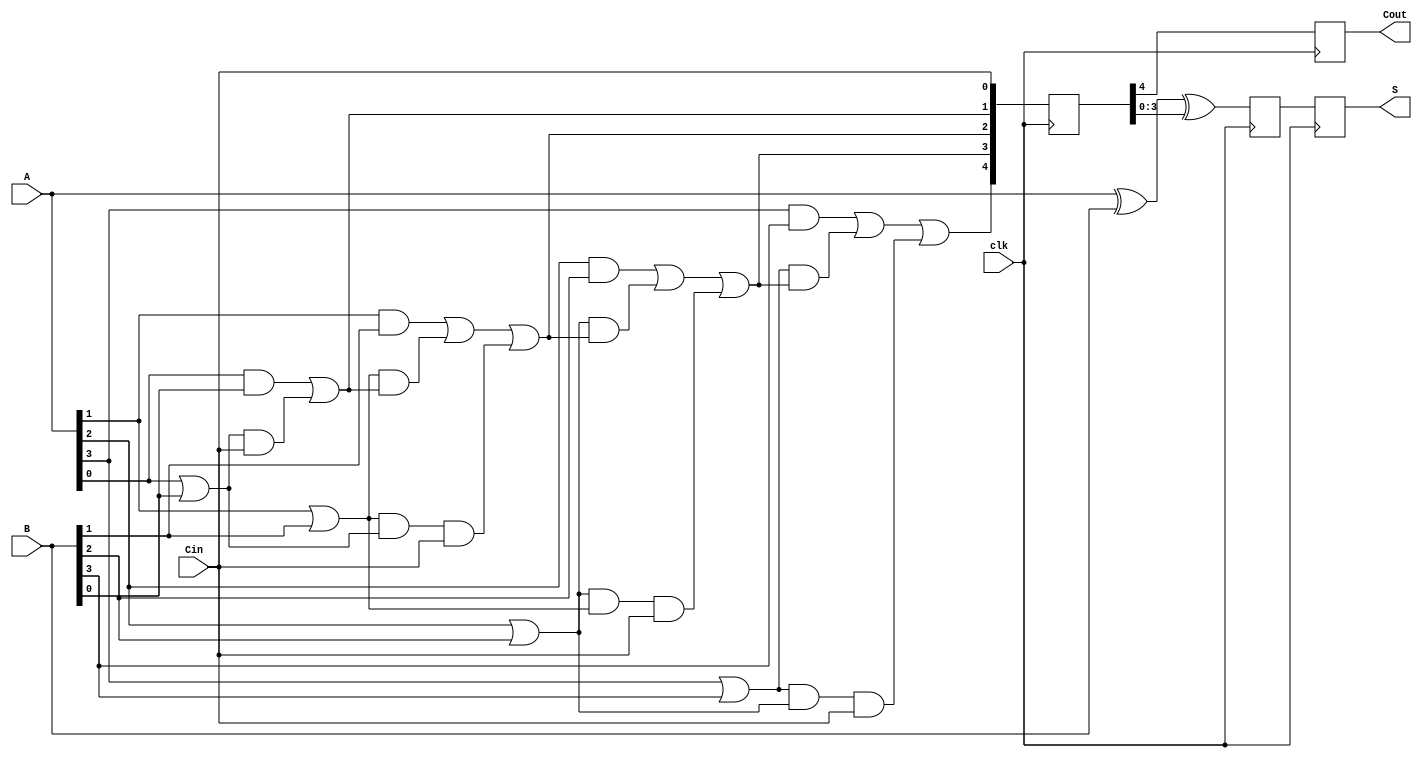
module PipelinedCarryLookaheadAdder #(
    parameter n = 4 // Number of bits for the adder
)(
    input  wire [n-1:0] A,        // First n-bit input
    input  wire [n-1:0] B,        // Second n-bit input
    input  wire Cin,               // Carry-in
    input  wire clk,               // Clock signal
    output reg  [n-1:0] S,         // n-bit Sum output
    output reg  Cout               // Carry-out
);

    // Generate and Propagate signals
    wire [n-1:0] G; // Generate signals
    wire [n-1:0] P; // Propagate signals
    wire [n:0] C;   // Carry signals (C[0] = Cin)

    // Compute Generate and Propagate signals
    genvar i;
    generate
        for (i = 0; i < n; i = i + 1) begin : g_p_logic
            assign G[i] = A[i] & B[i]; // Generate
            assign P[i] = A[i] | B[i]; // Propagate
        end
    endgenerate

    // Carry lookahead logic
    assign C[0] = Cin; // Initial carry
    assign C[1] = G[0] | (P[0] & C[0]);
    generate
        for (i = 1; i < n; i = i + 1) begin : carry_logic
            assign C[i + 1] = G[i] | (P[i] & C[i]) | (P[i] & P[i-1] & C[0]);
        end
    endgenerate

    // Pipelined stages
    reg [n:0] C_reg [0:1]; // Registers to store carry signals
    reg [n-1:0] S_reg [0:1]; // Registers to store sum outputs

    // Stage 1: Latch Carry signals
    always @(posedge clk) begin
        C_reg[0] <= C; // First stage carry signal
    end

    // Stage 2: Calculate Sum and latch output
    always @(posedge clk) begin
        // Calculate sums based on the generate, propagate, and carry
        S_reg[1] <= A ^ B ^ C_reg[0][n-1:0]; // Sum calculation
        Cout <= C_reg[0][n]; // Final carry out
    end

    // Output the final results
    always @(posedge clk) begin
        S <= S_reg[1];
    end

endmodule